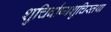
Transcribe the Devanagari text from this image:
शुचिर्वाप्यशुचिस्तथा